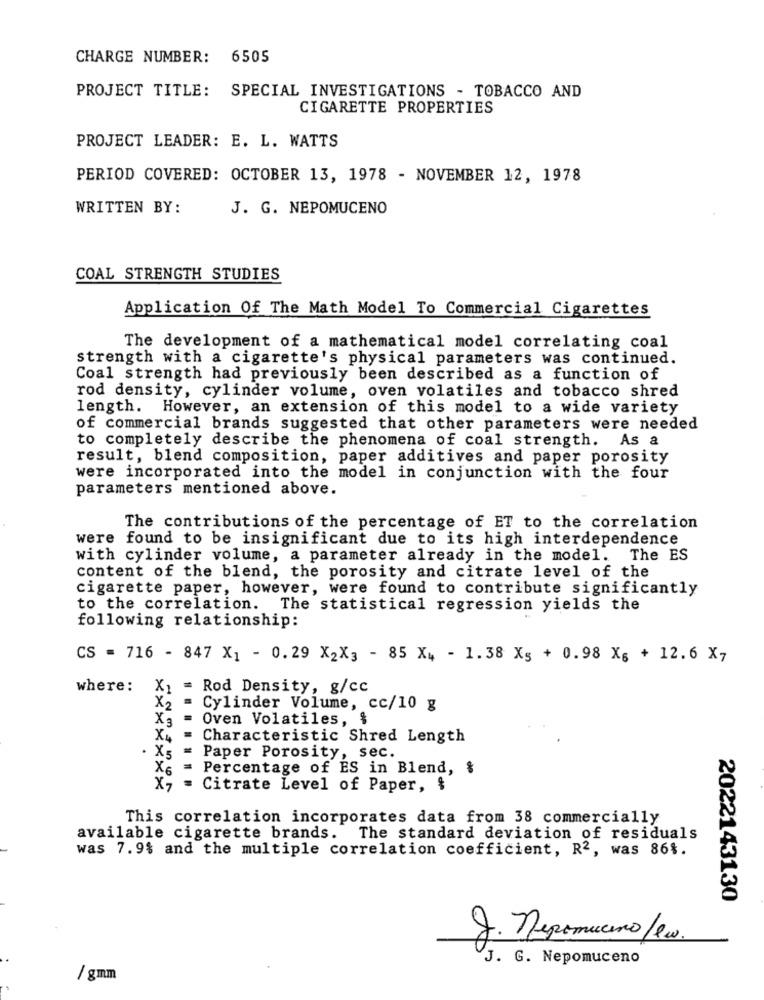
CHARGE NUMBER: 6505
PROJECT TITLE: SPECIAL INVESTIGATIONS - TOBACCO AND
CIGARETTE PROPERTIES
PROJECT LEADER: E. L. WATTS
PERIOD COVERED: OCTOBER 13, 1978 - NOVEMBER 12, 1978
WRITTEN BY:
J. G. NEPOMUCENO
COAL STRENGTH STUDIES
Application Of The Math Model To Commercial Cigarettes
The development of a mathematical model correlating coal
strength with a cigarette's physical parameters was continued.
Coal strength had previously been described as a function of
rod density, cylinder volume, oven volatiles and tobacco shred
length. However, an extension of this model to a wide variety
of commercial brands suggested that other parameters were needed
to completely describe the phenomena of coal strength. As a
result, blend composition, paper additives and paper porosity
were incorporated into the model in conjunction with the four
parameters mentioned above.
The contributions of the percentage of ET to the correlation
were found to be insignificant due to its high interdependence
with cylinder volume, a parameter already in the model. The ES
content of the blend, the porosity and citrate level of the
cigarette paper, however, were found to contribute significantly
to the correlation. The statistical regression yields the
following relationship:
CS = 716 - 847 X1 - 0.29 X2X3 - 85 X4 - 1.38 X5 + 0.98 X6 + 12.6 X7
where: X1 = Rod Density, g/cc
X2 =
Cylinder Volume, cc/10 g
X3
.
Oven Volatiles, $
X4 =
Characteristic Shred Length
X5 =
Paper Porosity, sec.
X6 =
Percentage of ES in Blend, &
Citrate Level of Paper, $
This correlation incorporates data from 38 commercially
available cigarette brands.
The standard deviation of residuals
was 7.9% and the multiple correlation coefficient, R2, was 86%.
2022143130
J. Nepomuceno/w.
J. G. Nepomuceno
/ gmm